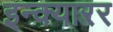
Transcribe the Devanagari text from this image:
इन्क्यारर